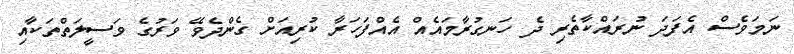
ނަމަވެސް އެފަދަ ނުރައްކާތެރި ދެ ހަނގުރާމައެއް އެއްފަހަރާ ކުރިއަށް ގެންދެވޭ ވަރުގެ ވަސީލަތްތަކާއި